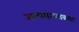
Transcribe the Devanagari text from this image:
अल्पसंख्याकावर